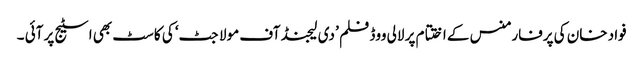
فواد خان کی پرفارمنس کے اختتام پر لالی ووڈ فلم ’ دی لیجنڈ آف مولا جٹ‘ کی کاسٹ بھی اسٹیج پر آئی ۔